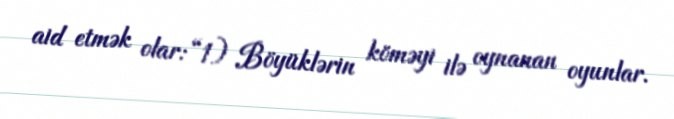
aid etmək olar: “1) Böyüklərin köməyi ilə oynanan oyunlar.